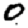
Digit: 0